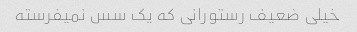
خیلی ضعیف رستورانی که یک سس نمیفرسته